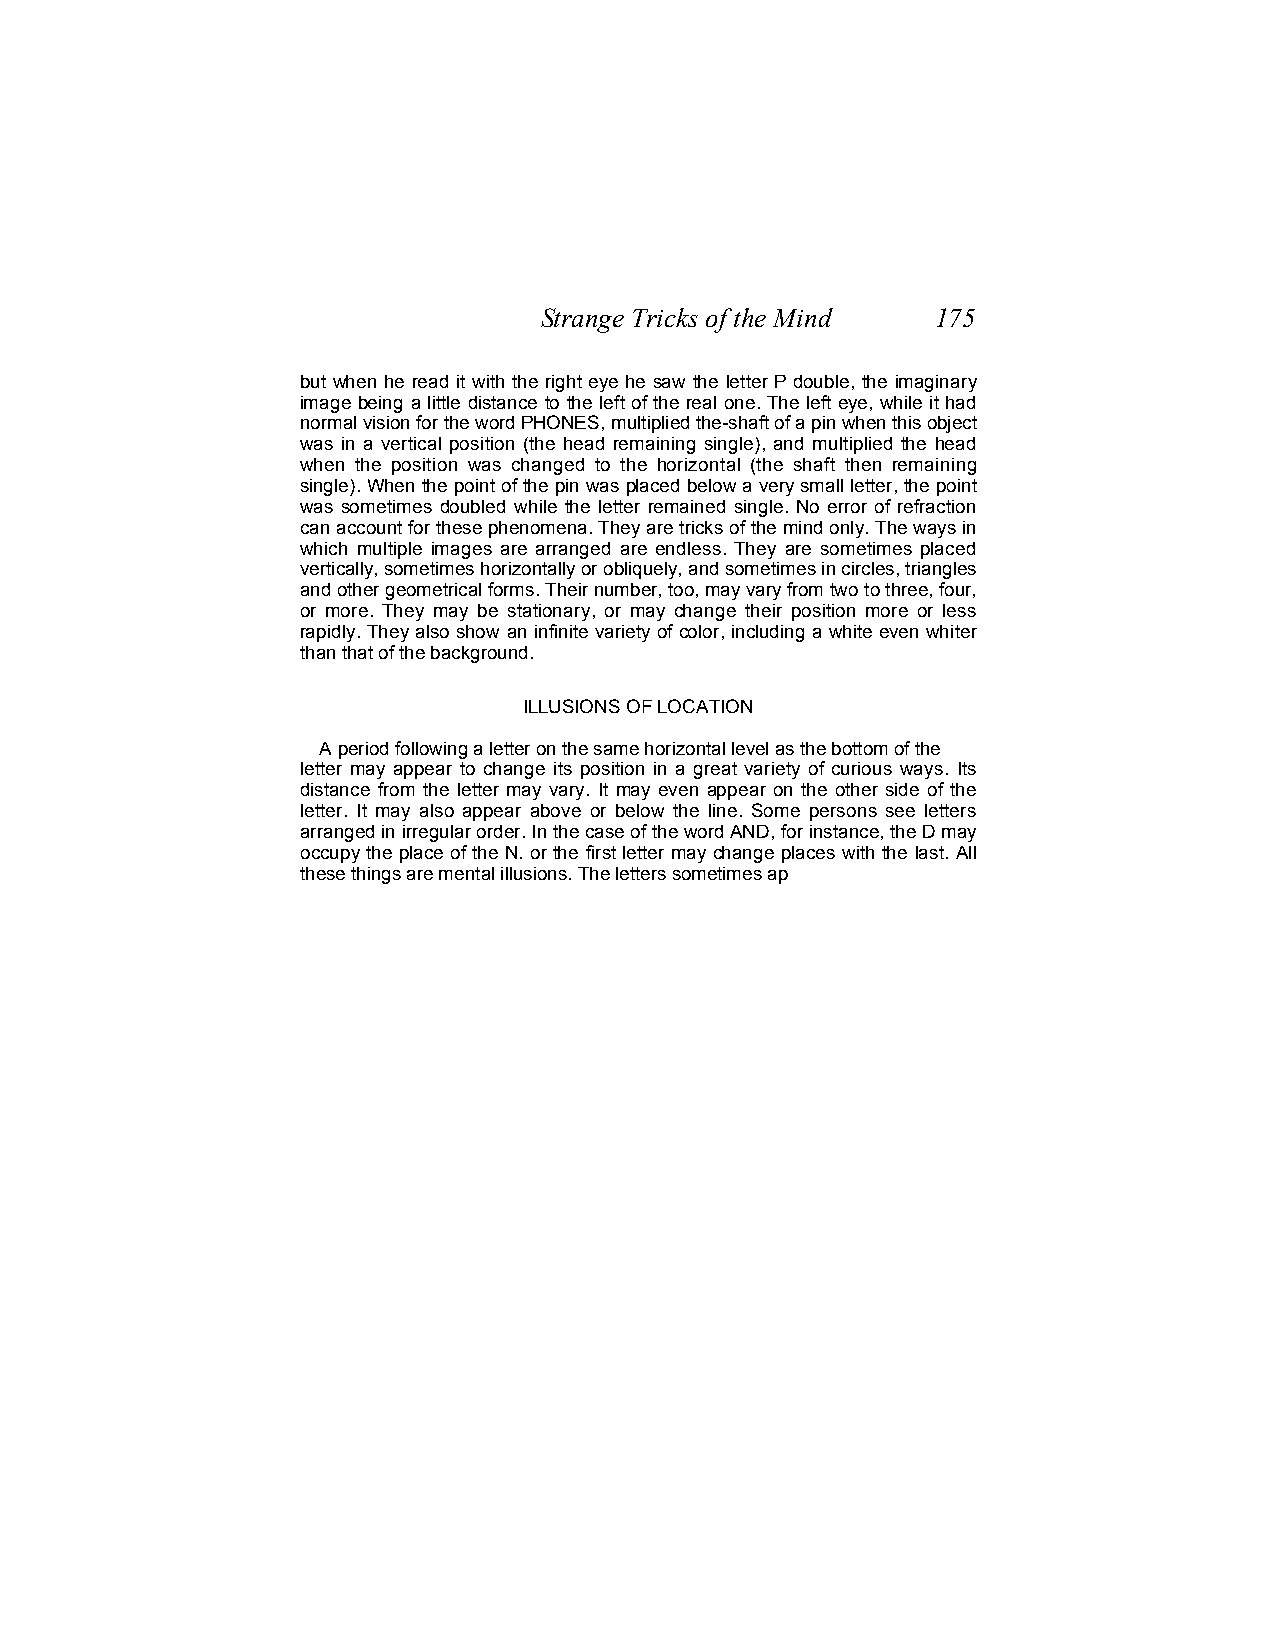
Strange Tricks of the Mind 175
 but when he read it with the right eye he saw the letter P double, the imaginary
 image being a little distance to the left of the real one. The left eye, while it had
 normal vision for the word PHONES, multiplied the-shaft of a pin when this object
 was in a vertical position (the head remaining single), and multiplied the head
 when the position was changed to the horizontal (the shaft then remaining
 single). When the point of the pin was placed below a very small letter, the point
 was sometimes doubled while the letter remained single. No error of refraction
 can account for these phenomena. They are tricks of the mind only. The ways in
 which multiple images are arranged are endless. They are sometimes placed
 vertically, sometimes horizontally or obliquely, and sometimes in circles, triangles
 and other geometrical forms. Their number, too, may vary from two to three, four,
 or more. They may be stationary, or may change their position more or less
 rapidly. They also show an infinite variety of color, including a white even whiter
 than that of the background.
 ILLUSIONS OF LOCATION
 A period following a letter on the same horizontal level as the bottom of the
 letter may appear to change its position in a great variety of curious ways. Its
 distance from the letter may vary. It may even appear on the other side of the
 letter. It may also appear above or below the line. Some persons see letters
 arranged in irregular order. In the case of the word AND, for instance, the D may
 occupy the place of the N. or the first letter may change places with the last. All
 these things are mental illusions. The letters sometimes ap